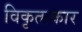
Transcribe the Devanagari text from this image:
विकृताकार